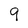
Character: 9